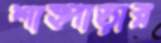
শাহ্পাড়ার